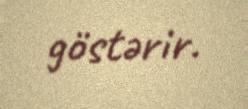
göstərir.